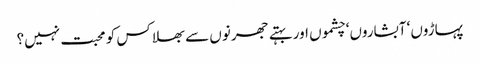
پہاڑوں‘ آبشاروں‘ چشموں اور بہتے جھرنوں سے بھلا کس کو محبت نہیں؟